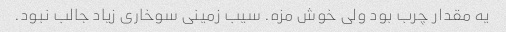
یه مقدار چرب بود ولی خوش مزه. سیب زمینی سوخاری زیاد جالب نبود.